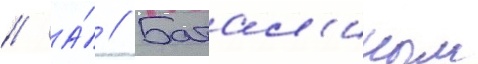
// А́ // Батал'иным